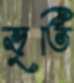
ভৃতি